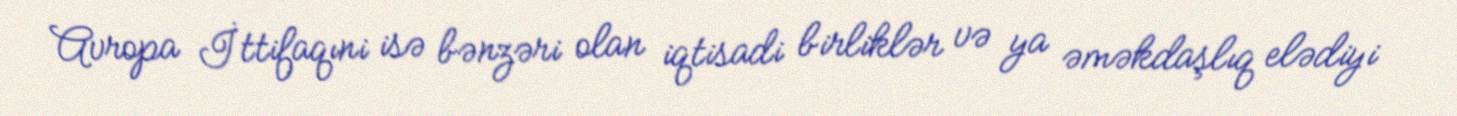
Avropa İttifaqıni isə bənzəri olan iqtisadi birliklər və ya əməkdaşlıq elədiyi